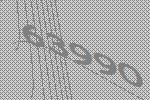
63990